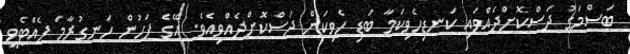
ބަސްމަގު ދަސްކޮށްދެއްވައި ކަނޑިހެވިކަމާ ބަޑި ހެވިކަން ދަސްކޮށްދެއްވިއެވެ. އޭގެ ފަހުން ހަނގުރާމަ ފެއްޓެވީ